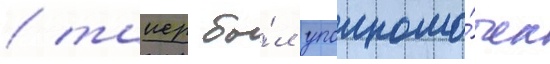
/ таиер бы́л уполномо́чен